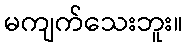
မကျက်သေးဘူး။